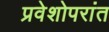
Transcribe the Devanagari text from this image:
प्रवेशोपरांत